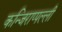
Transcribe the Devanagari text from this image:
कन्जिराप्पल्ली